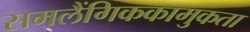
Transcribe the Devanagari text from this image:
समलैंगिककामुकता